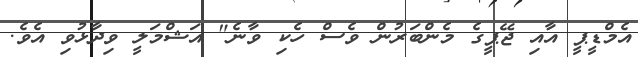
އެމްޑީޕީ އާއި ޖޭޕީގެ މެންބަރުން ވެސް ހެކި ވާނެ" އަޝްމަލީ ވިދާޅުވި އެވެ.